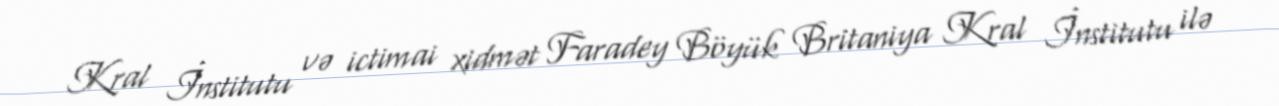
Kral İnstitutu və ictimai xidmət Faradey Böyük Britaniya Kral İnstitutu ilə